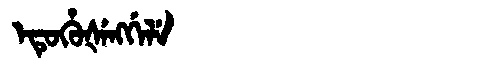
Manchu: ᡝᡨᡠᡥᡠᡧᡝᠩᡤᡝᠯᡝ
Romanization: ETUHUŠENGGELE